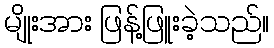
မျိုးအား ဖြန့်ဖြူးခဲ့သည်။